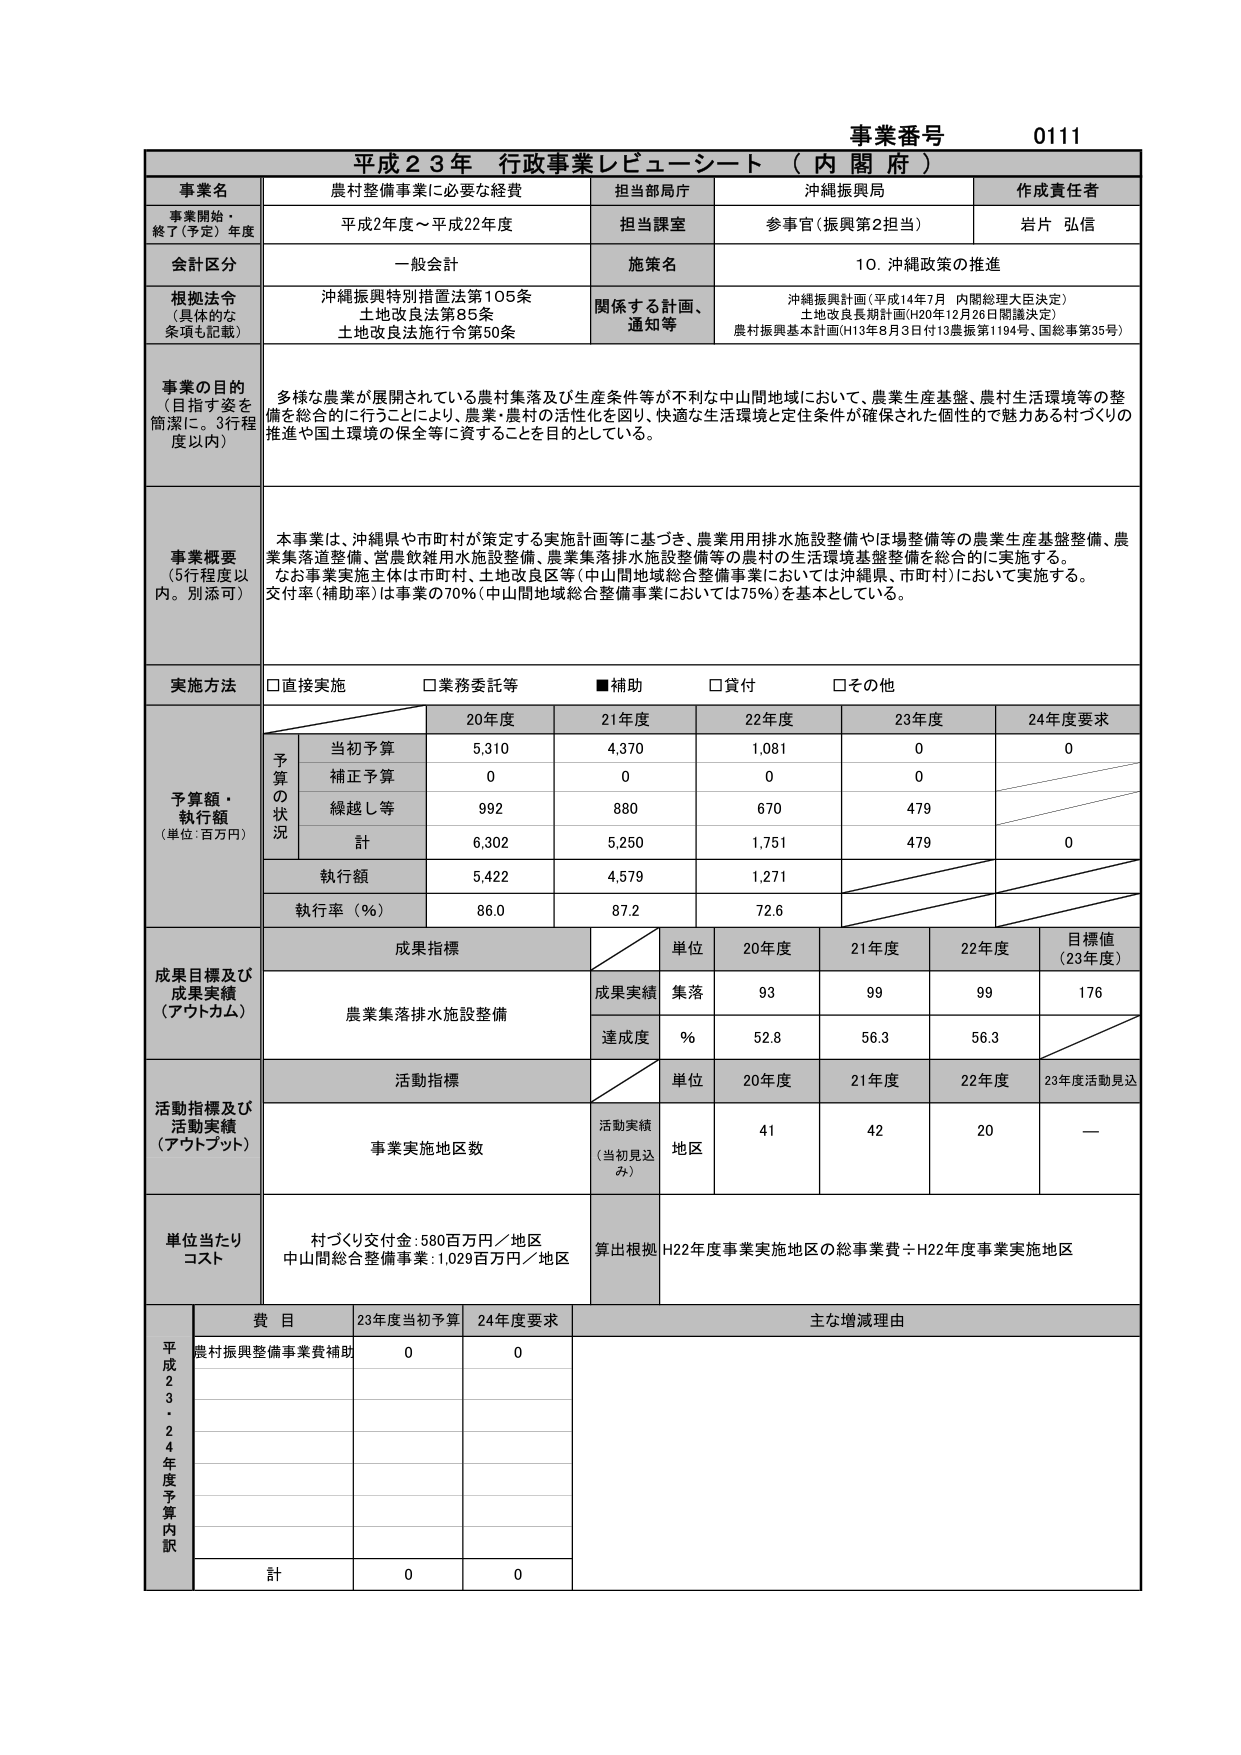
事業番号 0111
平成23年 行政事業レビュー・シート（内閣府）

事業名：農村整備事業に必要な経費
担当部局庁：沖縄振興局
作成責任者：岩片 弘信

事業開始・終了（予定）年度：平成2年度～平成22年度
担当課室：参事官（振興第2担当）

会計区分：一般会計
施策名：10．沖縄政策の推進

根拠法令（具体的な条項も記載）：
沖縄振興特別措置法第105条
土地改良法第85条
土地改良法施行令第50条

関係する計画、通知等：
沖縄振興計画（平成14年7月 内閣総理大臣決定）
土地改良長期計画（H20年12月26日閣議決定）
農村振興基本計画（H13年8月3日付13農振第1194号、国総事第35号）

事業の目的（目指す姿を簡潔に。3行程度以内）：
多様な農業が展開されている農村集落及び生産条件等が不利な中山間地域において、農業生産基盤、農村生活環境等の整備を総合的に行うことにより、農業・農村の活性化を図り、快適な生活環境と定住条件が確保された個性的で魅力ある村づくりの推進や国土環境の保全等に資することを目的としている。

事業概要（5行程度以内。別添可）：
本事業は、沖縄県や市町村が策定する実施計画等に基づき、農業用用排水施設整備やほ場整備等の農業生産基盤整備、農業集落道整備、営農飲雑用水施設整備、農業集落排水施設整備等の農村の生活環境基盤整備を総合的に実施する。
なお事業実施主体は市町村、土地改良区等（中山間地域総合整備事業においては沖縄県、市町村）において実施する。
交付率（補助率）は事業の70％（中山間地域総合整備事業においては75％）を基本としている。

実施方法：
□直接実施　□業務委託等　■補助　□貸付　□その他

予算額・執行額（単位：百万円）
　　　　　　　　20年度　　21年度　　22年度　　23年度　　24年度要求
予算の状況
　当初予算　　　5,310　　　4,370　　　1,081　　　　0　　　　　0
　補正予算　　　　0　　　　　0　　　　　0　　　　　0
　繰越し等　　　992　　　　880　　　　670　　　　479
　計　　　　　　6,302　　　5,250　　　1,751　　　479　　　　0
執行額　　　　　5,422　　　4,579　　　1,271
執行率（％）　　　86.0　　　87.2　　　72.6

成果目標及び成果実績（アウトカム）
成果指標：農業集落排水施設整備
　　　　　単位　　20年度　　21年度　　22年度　　目標値（23年度）
成果実績　集落　　　93　　　　99　　　　99　　　　176
達成度　　％　　　52.8　　　56.3　　　56.3

活動指標及び活動実績（アウトプット）
活動指標：事業実施地区数
　　　　　単位　　20年度　　21年度　　22年度　　23年度活動見込
活動実績（当初見込み）　地区　　　41　　　　42　　　　20　　　　—

単位当たりコスト：
村づくり交付金：580百万円／地区
中山間総合整備事業：1,029百万円／地区
算出根拠：H22年度事業実施地区の総事業費÷H22年度事業実施地区

平成23～24年度予算内訳
　　　　　　費目　　　　23年度当初予算　　24年度要求　　主な増減理由
　　　　　　農村振興整備事業費補助　　　0　　　　　　0

計　　　　　　　　　　　　　　　　0　　　　　　0